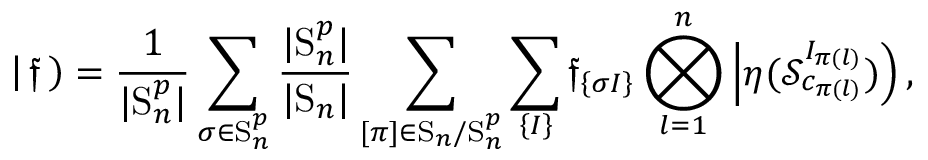
\left| \, \mathfrak { f } \, \right) = \frac { 1 } { | \mathrm { S } _ { n } ^ { p } | } \sum _ { \sigma \in \mathrm { S } _ { n } ^ { p } } \frac { | \mathrm { S } _ { n } ^ { p } | } { | \mathrm { S } _ { n } | } \sum _ { [ { \pi } ] \in \mathrm { S } _ { n } / \mathrm { S } _ { n } ^ { p } } \sum _ { \left\lbrace I \right\rbrace } \mathfrak { f } _ { \left\lbrace \sigma I \right\rbrace } \bigotimes _ { l = 1 } ^ { n } \left| \eta ( \mathcal { S } _ { c _ { { \pi ( l ) } } } ^ { I _ { { \pi } ( l ) } } ) \right) ,